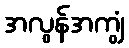
အလွန်အကျွံ